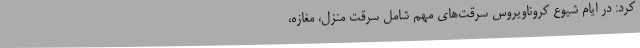
کرد: در ایام شیوع کروناویروس سرقت‌های مهم شامل سرقت منزل، مغازه،